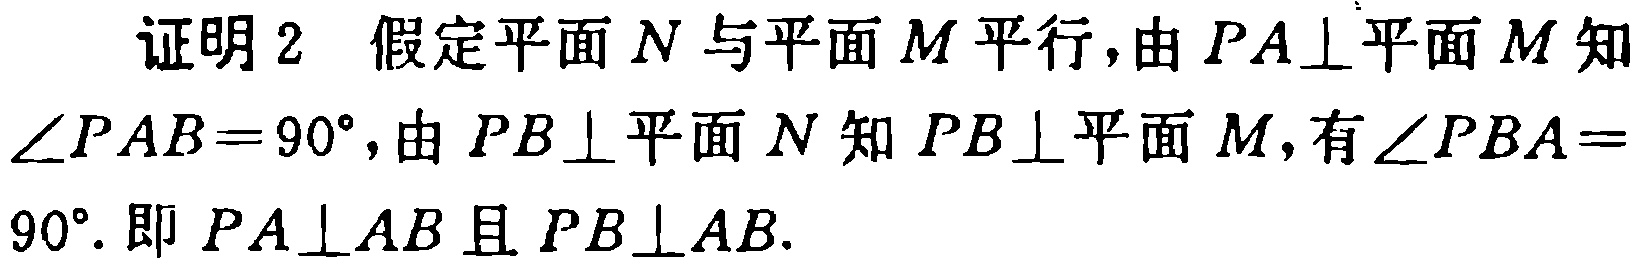
证明2 假定平面\(N\)与平面\(M\)平行, 由\(PA\perp\)平面\(M\)知\(\angle PAB = 90^{\circ}\), 由\(PB\perp\)平面\(N\)知\(PB\perp\)平面\(M\), 有\(\angle PBA = 90^{\circ}\). 即\(PA\perp AB\)且\(PB\perp AB\).